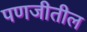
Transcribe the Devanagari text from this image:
पणजीतील